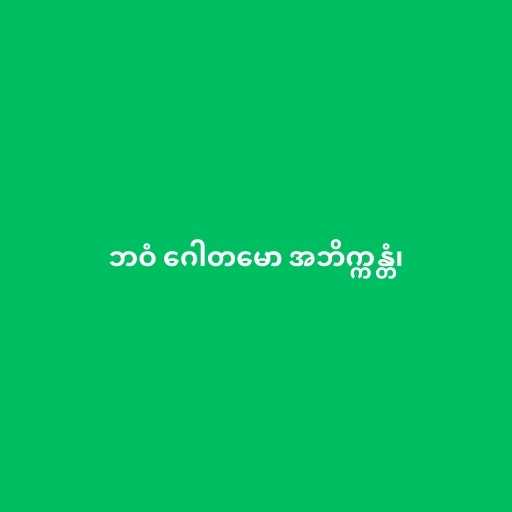
ဘဝံ ဂေါတမော အဘိက္ကန္တံ၊